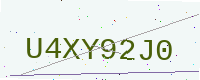
Text: U4XY92J0